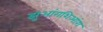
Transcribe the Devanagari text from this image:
झुआंगशिआंग